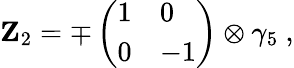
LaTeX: {\mathbf Z}_{2}=\mp\left(\begin{array}{ll}{{1}}&{{0}}\\ {{0}}&{{-1}}\end{array}\right)\otimes\gamma_{5}\ ,